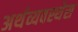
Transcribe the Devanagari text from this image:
अर्थव्यवस्थेस